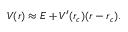
\begin{array} { r } { V ( r ) \approx E + V ^ { \prime } ( r _ { c } ) ( r - r _ { c } ) . } \end{array}